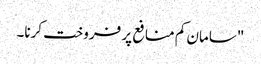
"سامان کم منافع پر فروخت کرنا۔